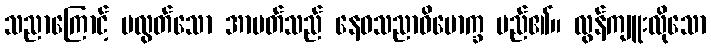
သညာကြောင့် မလွတ်သော အာပတ်သည် နေဝသညာဝိမောက္ခ မည်၏။ လွန်ကျူးလိုသော